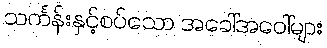
သင်္ကန်းနှင့်စပ်သော အခေါ်အဝေါ်များ